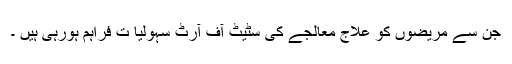
جن سے مریضوں کو علاج معالجے کی سٹیٹ آف آرٹ سہولیا ت فراہم ہورہی ہیں ۔